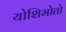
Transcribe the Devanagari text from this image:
योशिमोतो